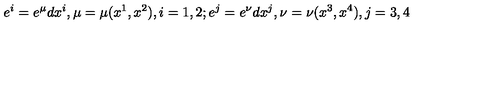
e ^ { i } = e ^ { \mu } d x ^ { i } , \mu = \mu ( x ^ { 1 } , x ^ { 2 } ) , i = 1 , 2 ; e ^ { j } = e ^ { \nu } d x ^ { j } , \nu = \nu ( x ^ { 3 } , x ^ { 4 } ) , j = 3 , 4